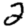
Digit: 2